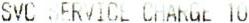
SVC SERVICE CHARGE 10